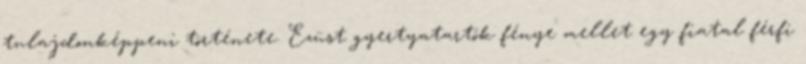
tulajdonképpeni története. Ezüst gyertyatartók fénye mellet egy fiatal férfi